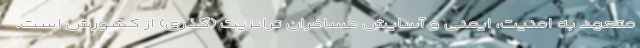
متعهد به امنیت، ایمنی و آسایش مسافران ترانزیت (گذری) از کشورش است.